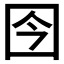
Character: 𰉍